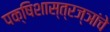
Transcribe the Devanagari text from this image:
पक्षिशास्त्रज्ञांचे